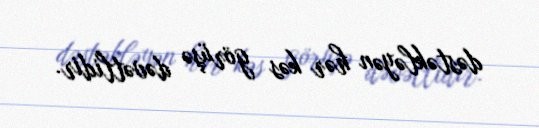
dəstəkləyən hər kəs görüşə dəvətlidir.